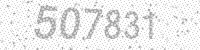
Solution: 507831